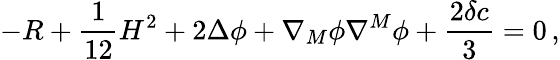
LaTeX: -R+\frac{1}{12}H^{2}+2\Delta\phi+\nabla_{M}\phi\nabla^{M}\phi+\frac{2\delta c}{3}=0\, ,